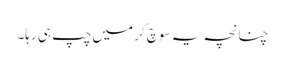
چنانچہ یہ سوچ کر میں چپ ہی رہا۔